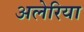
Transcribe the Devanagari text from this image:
अलेरिया